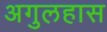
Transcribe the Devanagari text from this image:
अगुलहास